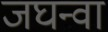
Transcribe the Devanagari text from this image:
जघन्वा